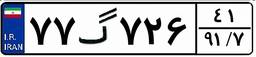
۷۷گ۷۲۶۴۱